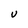
Character: u